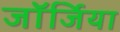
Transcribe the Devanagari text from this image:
जाॅर्जिया